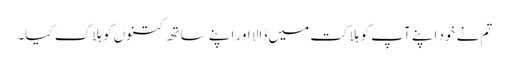
تم نے خود اپنے آپ کو ہلاکت میں ڈالا اور اپنے ساتھ کتنوں کو ہلاک کیا۔